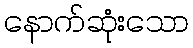
နောက်ဆုံးသော